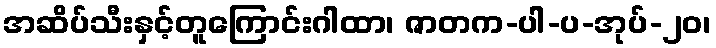
အဆိပ်သီးနှင့်တူကြောင်းဂါထာ၊ ဇာတက-ပါ-ပ-အုပ်-၂၀၊